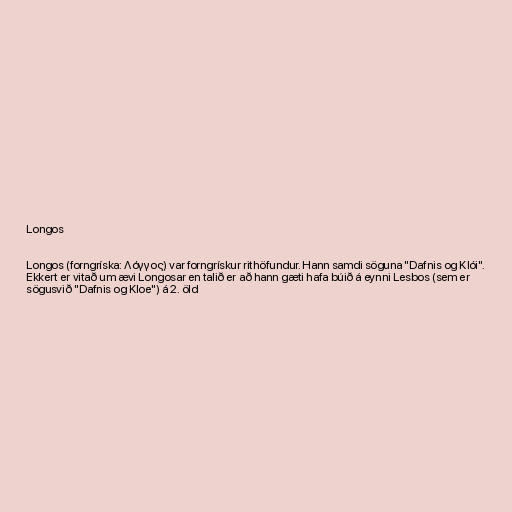
Longos

Longos (forngríska: Λόγγος) var forngrískur rithöfundur. Hann samdi söguna "Dafnis og Klói".
Ekkert er vitað um ævi Longosar en talið er að hann gæti hafa búið á eynni Lesbos (sem er
sögusvið "Dafnis og Kloe") á 2. öld